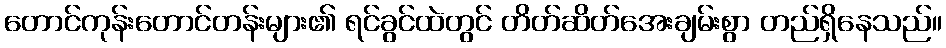
တောင်ကုန်းတောင်တန်းများ၏ ရင်ခွင်ထဲတွင် တိတ်ဆိတ်အေးချမ်းစွာ တည်ရှိနေသည်။